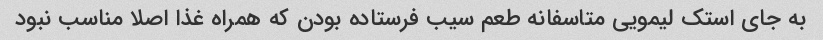
به جای استک لیمویی متاسفانه طعم سیب فرستاده بودن که همراه غذا اصلا مناسب نبود